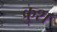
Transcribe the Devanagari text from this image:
क्रुश